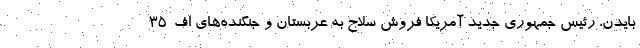
بایدن، رئیس جمهوری جدید آمریکا فروش سلاح به عربستان و جنگنده‌های اف-۳۵